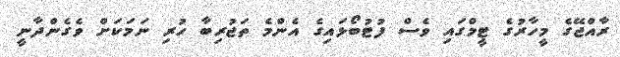
ރާއްޖޭގެ މީހާރުގެ ޓީމްގައި ވެސް ފުޓުބޯޅައިގެ އެންމެ ތަޖުރިބާ ހުރި ނަމަކަށް ވެގެންދާނީ